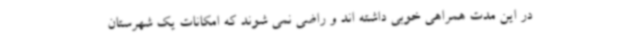
در این مدت همراهی خوبی داشته اند و راضی نمی شوند که امکانات یک شهرستان